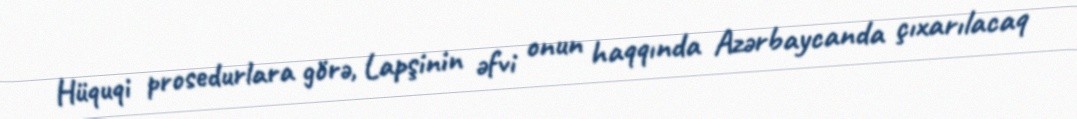
Hüquqi prosedurlara görə, Lapşinin əfvi onun haqqında Azərbaycanda çıxarılacaq